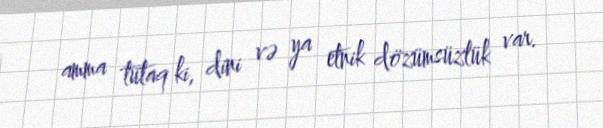
amma tutaq ki, dini və ya etnik dözümsüzlük var.